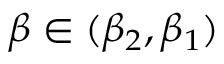
\beta \in ( \beta _ { 2 } , \beta _ { 1 } )